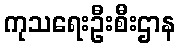
ကုသရေးဦးစီးဌာန